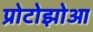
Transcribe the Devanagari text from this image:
प्रोटोझोआ